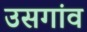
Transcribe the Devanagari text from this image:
उसगांव